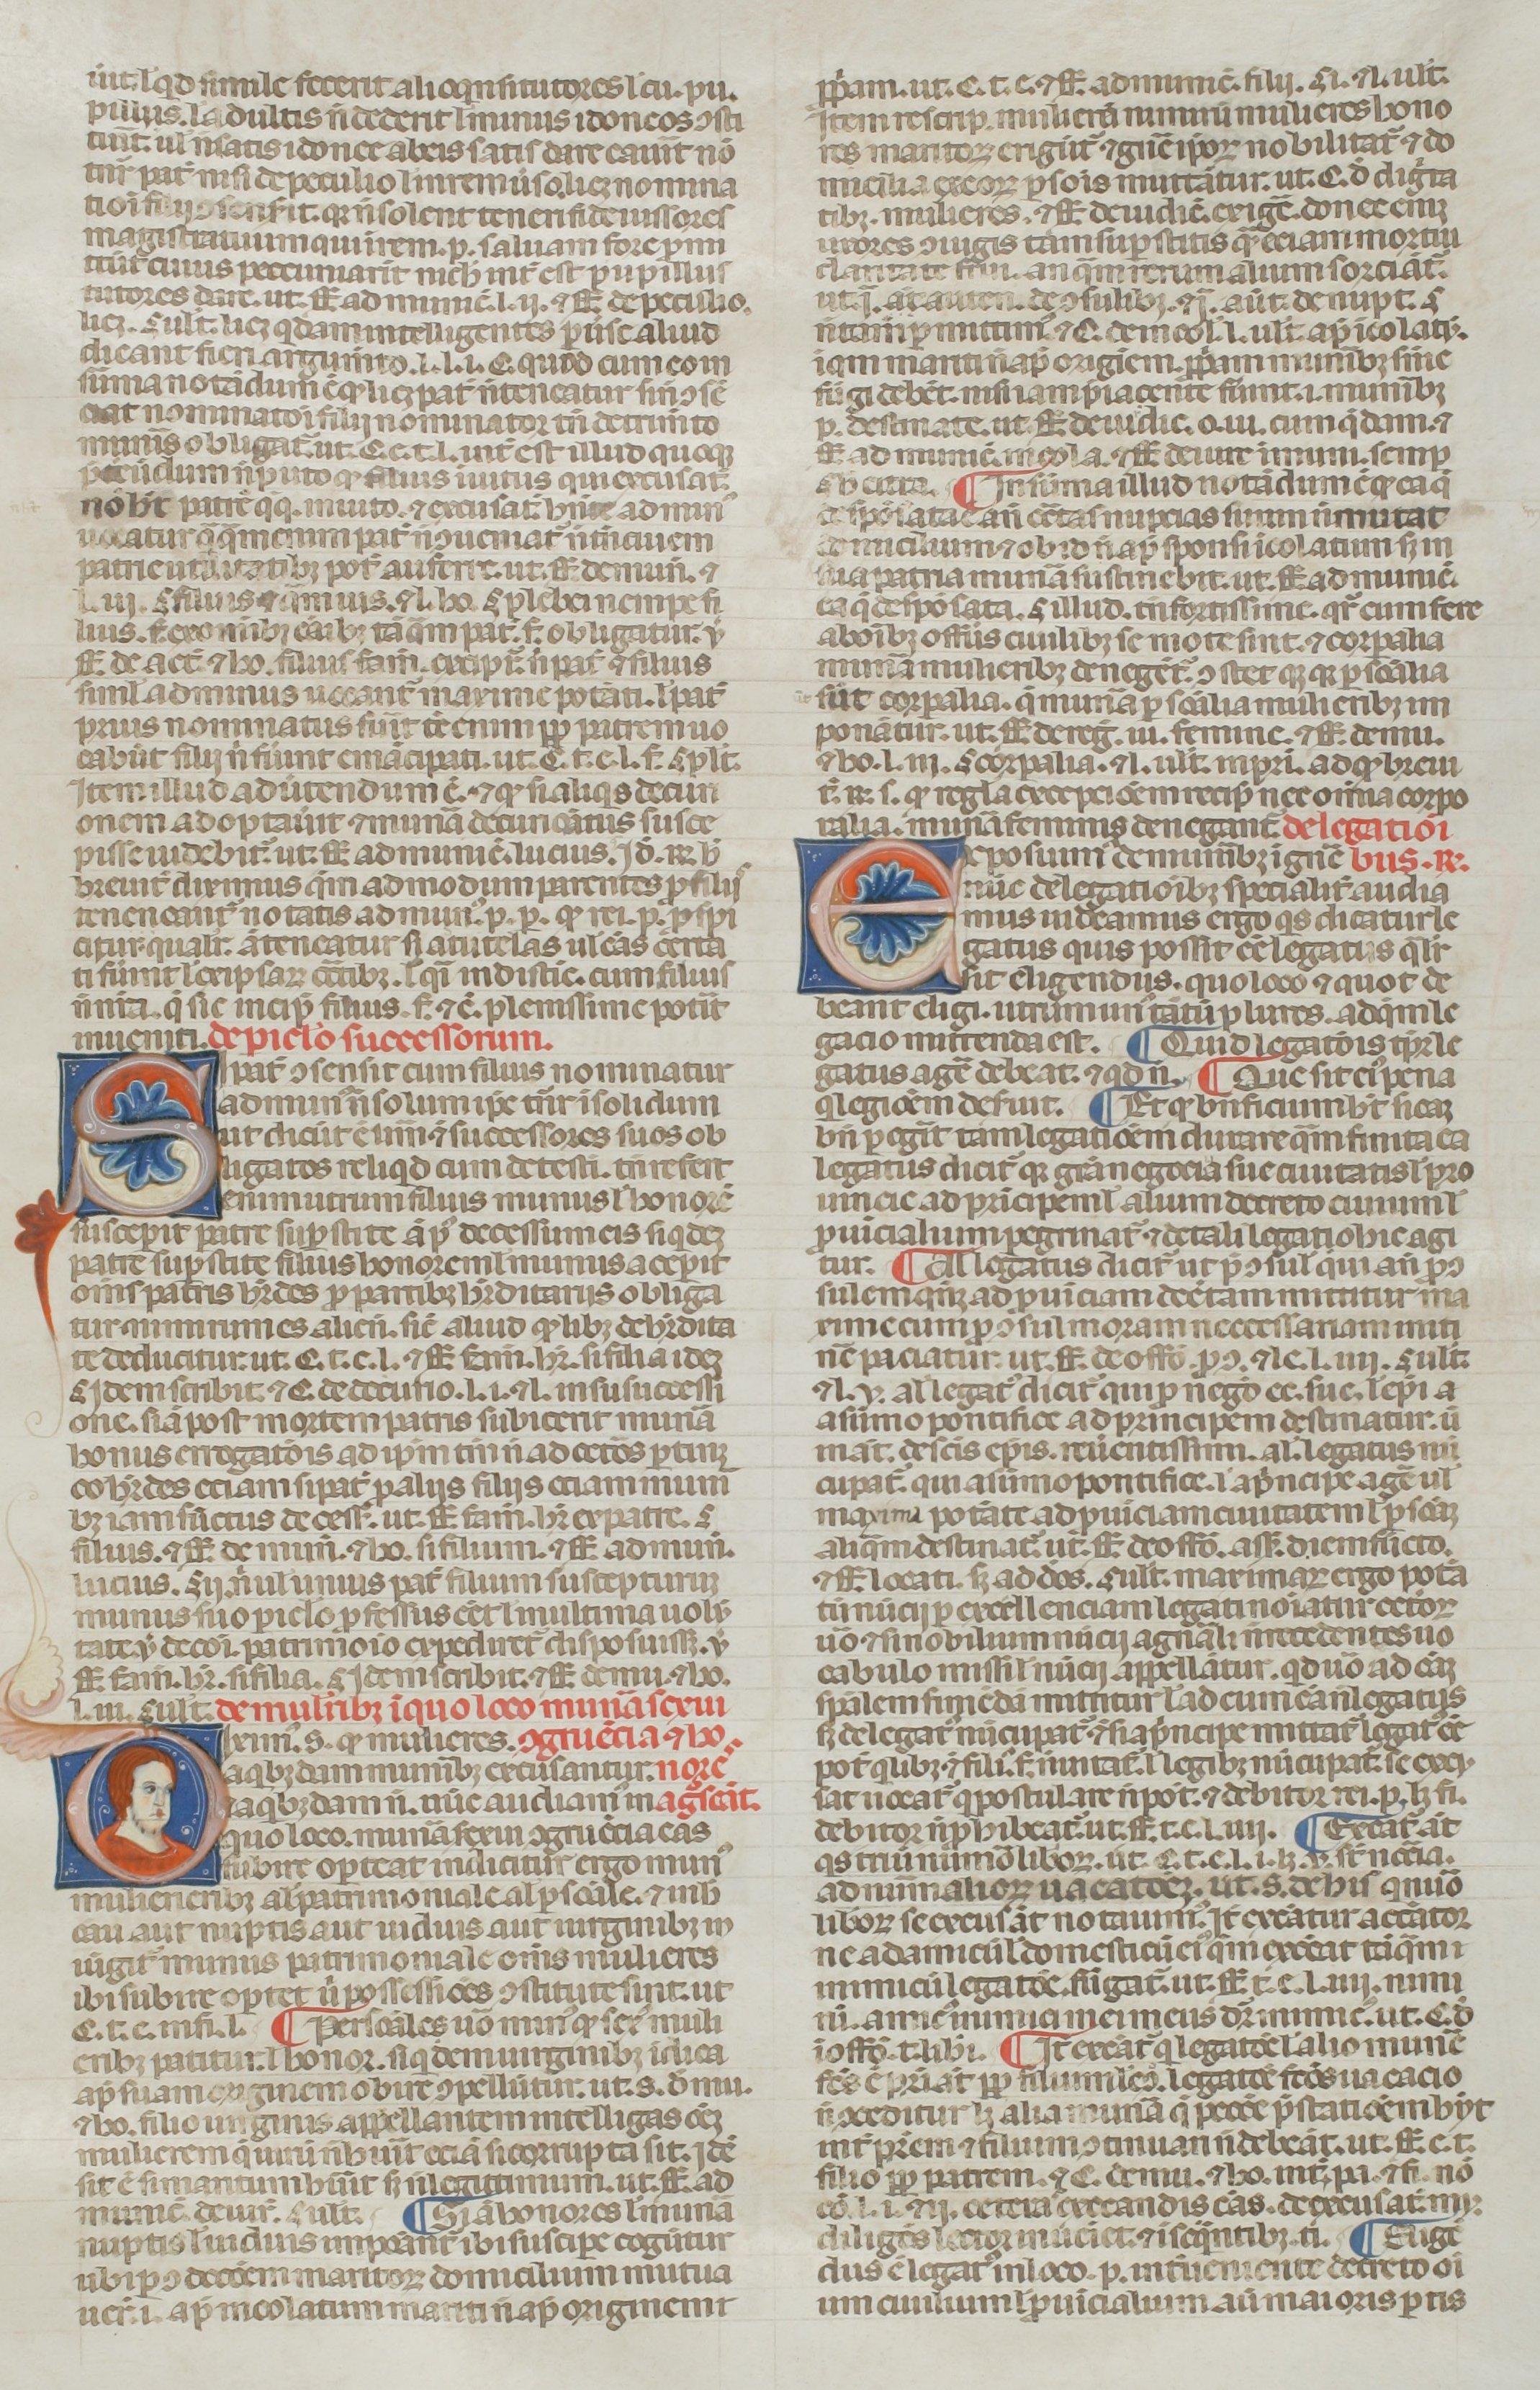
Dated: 1300–1399